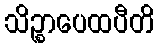
သိဉ္စာပေထပီတိ